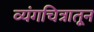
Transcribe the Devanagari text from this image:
व्यंगचित्रातून